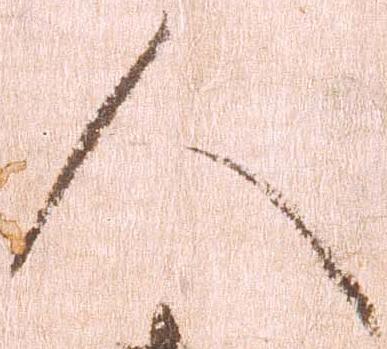
人